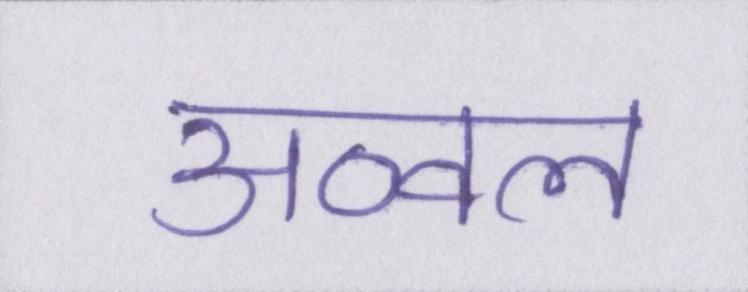
अव्वल